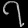
Digit: ၇